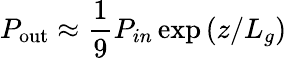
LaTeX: P_{\mathrm{out}}\approx\frac{1}{9}P_{in}\exp{\left(z/L_{g}\right)}